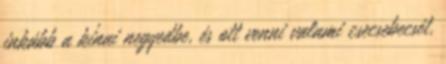
inkább a kínai negyedbe, és ott venni valami csecsebecsét,